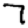
Digit: 7